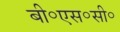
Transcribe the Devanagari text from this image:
बी॰एस॰सी॰